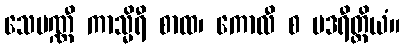
သေပဏ္ဏီ ကာသ္မိရီ စာထ၊ ကောလီ စ ဗဒရီတ္ထိယံ။